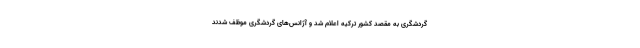
گردشگری به مقصد کشور ترکیه اعلام شد و آژانس‌های گردشگری موظف شدند